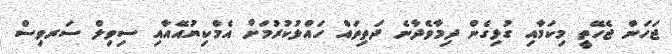
ޖަހަން ޖެހޭތީ މިކަމާއި ގުޅިގެން ދިމާވެދާނެ ދަތިތައް ހައްލުކުރުމަށް އެމްކިޔުއޭއާއި ސިވިލް ސަރވިސް